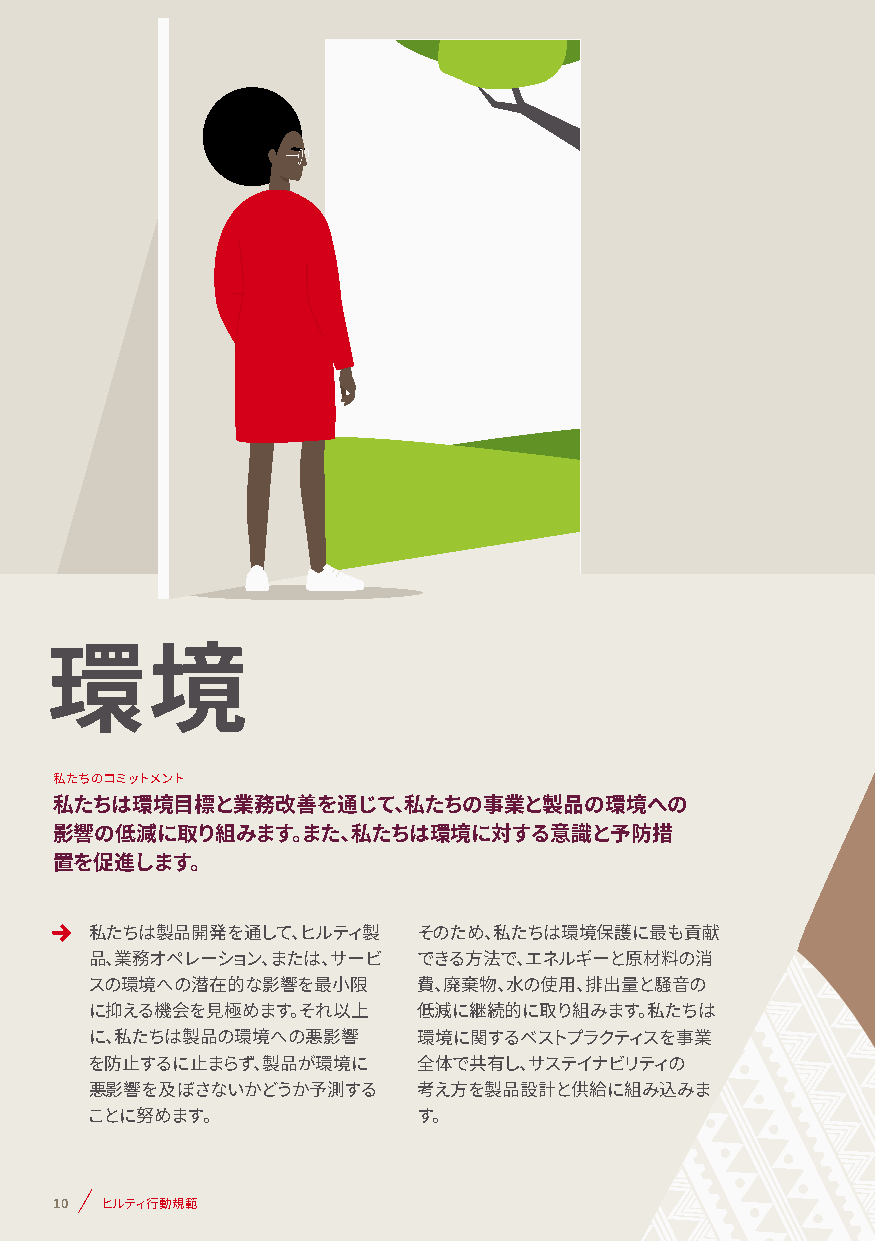
環境
 私たちのコミットメント
 私たちは環境目標と業務改善を通じて、私たちの事業と製品の環境への
 影響の低減に取り組みます。また、私たちは環境に対する意識と予防措
 置を促進します。
 私たちは製品開発を通して、ヒルティ製    そのため、私たちは環境保護に最も貢献
 品、業務オペレーション、または、サービ   できる方法で、エネルギーと原材料の消
 スの環境への潜在的な影響を最小限      費、廃棄物、水の使用、排出量と騒音の
 に抑える機会を見極めます。それ以上     低減に継続的に取り組みます。私たちは
 に、私たちは製品の環境への悪影響      環境に関するベストプラクティスを事業
 を防止するに止まらず、製品が環境に     全体で共有し、サステイナビリティの
 悪影響を及ぼさないかどうか予測する     考え方を製品設計と供給に組み込みま
 ことに努めます。              す。
 10 ヒルティ行動規範